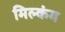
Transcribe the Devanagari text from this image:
मिल्कंग